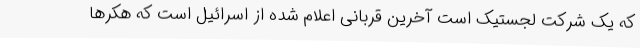
که یک شرکت لجستیک است آخرین قربانی اعلام شده از اسرائیل است که هکرها